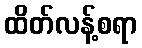
ထိတ်လန့်စရာ